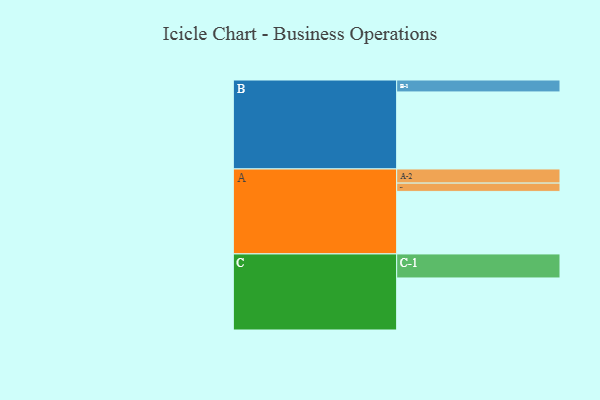
{"axis": {"x": "Segment", "y": "Value"}, "legend": ["", "A", "B", "C"], "data": [{"x": "A", "y": 393, "type": ""}, {"x": "B", "y": 484, "type": ""}, {"x": "C", "y": 327, "type": ""}, {"x": "A-1", "y": 52, "type": "A"}, {"x": "A-2", "y": 89, "type": "A"}, {"x": "B-1", "y": 75, "type": "B"}, {"x": "C-1", "y": 151, "type": "C"}]}